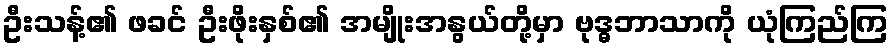
ဦးသန့်၏ ဖခင် ဦးဖိုးနှစ်၏ အမျိုးအနွယ်တို့မှာ ဗုဒ္ဓဘာသာကို ယုံကြည်ကြ